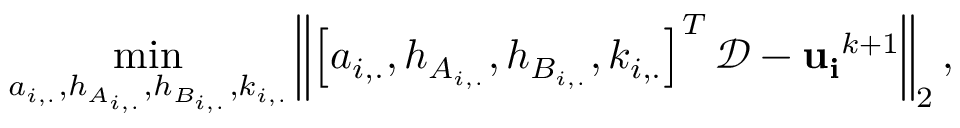
\operatorname* { m i n } _ { a _ { i , . } , h _ { A _ { i , . } } , h _ { B _ { i , . } } , k _ { i , . } } \left\| \left[ a _ { i , . } , h _ { A _ { i , . } } , h _ { B _ { i , . } } , k _ { i , . } \right] ^ { T } \mathcal { D } - \mathbf { u _ { i } } ^ { k + 1 } \right\| _ { 2 } ,